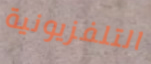
التلفزيونية